Civil Veterinary Department Bihar & Orissa reports 1922-29 - 1922-1929
Year: 1922
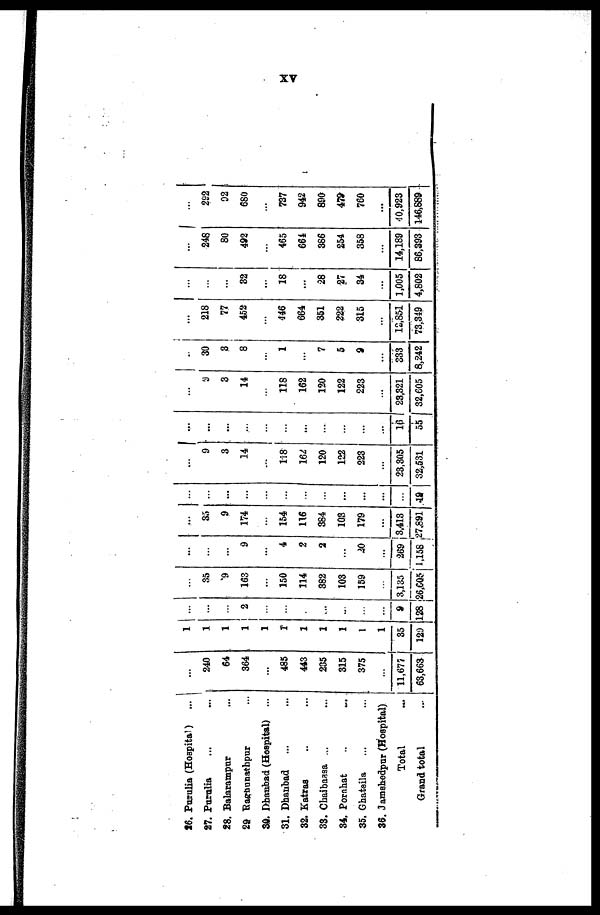
XV
26. Purulia (Hospital)
...
27. Purulia
28. Balarampur
29 Bagnunathpur
30. Dhanbad (Hospital) ...
31. Dhanbad
...
32. Katras
33. Chaibassa ...
34. Porahat
35. Ghatsila
36. Jamshedpur (Hospital)
Total
Grand total
...
240
64
364
... 485
443
235
315
375
... 11,677
63,663
1
1
1
1
1
1
1
1
1
1
1
35
129
...
...
...
...
...
...
...
... ...
...
... 9
128
...
35
9
163
... 150
114
382
103
159
... 3,135
26,605
...
...
... 9
... 4
2
2
... 30
... 269
1,158 2
...
35
9
174
... 154
116
384
103
179
... 3,413
7,891
...
... ...
...
...
...
...
... ...
...
...
... 48
...
9
3
14
... 118
164
120
122
223
... 23,305
32,531
...
...
...
...
...
... ...
...
...
...
... 16
55
...
3
3
14
... 118
162
120
122
223
... 23,321
32,605
...
30
3
8
... 1
... 7
5
9
... 333
8,242
...
218
77 77
452
... 446
664
351
222
315
... 12,851
73,319
...
...
... 32
... 18
... 28
27
34
... 1,005
4,802
...
248
80
492
... 465
661
386
254
358
... 14,189
86,393
...
292
02
680
... 737
942
890
479
760
... 40,923
146,889